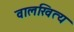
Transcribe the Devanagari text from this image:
वालखित्य